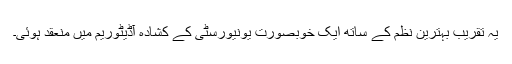
یہ تقریب بہترین نظم کے ساتھ ایک خوبصورت یونیورسٹی کے کشادہ آڈیٹوریم میں منعقد ہوئی۔